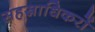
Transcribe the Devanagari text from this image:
सहस्राधिकरों